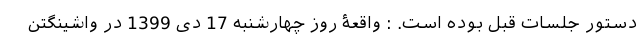
دستور جلسات قبل بوده است. : واقعۀ روز چهارشنبه 17 دی 1399 در واشینگتن